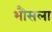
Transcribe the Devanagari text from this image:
भौसला